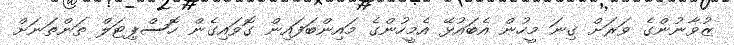
ޒުވާނުންގެ ވަރަށް ގިނަ މީހުން އެބައުޅޭ އެމީހުންގެ މައިންބަފައިން ގޮވައިގެން ހޮސްޕިޓަލް ތަންތަނަށް